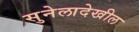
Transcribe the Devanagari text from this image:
सुनेलादेखील